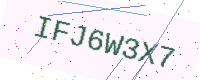
Text: IFJ6W3X7